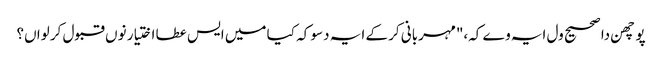
پوچھن دا صحیح ول ایہ وے کہ،"مہربانی کر کے ایہ دسو کہ کیا میں ایس عطا اختیار نوں قبول کر لواں؟